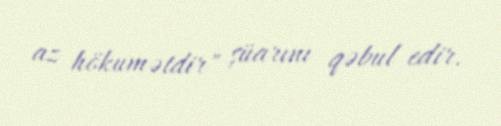
az hökumətdir" şüarını qəbul edir.